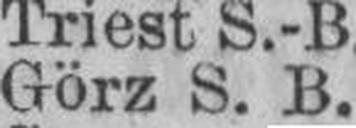
Görz S. B.